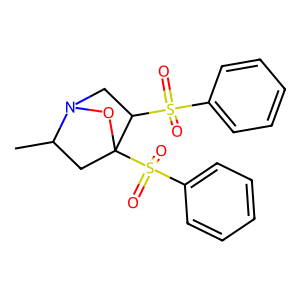
SMILES: CC1CC2(S(=O)(=O)c3ccccc3)ON1CC2S(=O)(=O)c1ccccc1
Inhibits HIV replication: No